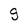
Character: g